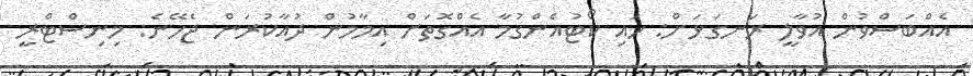
އެއްބަސްވުން އުވާލީ ރަނގަޅަށް: ހައި ކޯޓުއެންގުމާ އެއްގޮތަށް އިމާމުން ދުއާކުރަން ޖެހޭނެ: މިނިސްޓްރީ